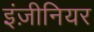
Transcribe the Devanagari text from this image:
इंज़ीनियर